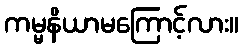
ကမ္မနိယာမကြောင့်လား။